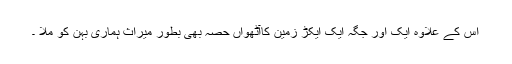
اس کے علاوہ ایک اور جگہ ایک ایکڑ زمین کاآٹھواں حصہ بھی بطور میراث ہماری بہن کو ملا ۔